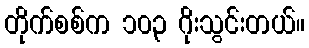
တိုက်စစ်က ၁၀၃ ဂိုးသွင်းတယ်။